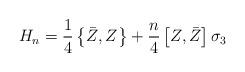
LaTeX: \begin{align*} H_n=\frac 14\left\{\bar Z,Z\right\}+ \frac n4\left[Z,\bar Z\right]\sigma_3\end{align*}